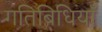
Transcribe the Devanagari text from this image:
गतिबिधियाँ